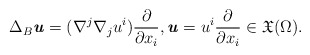
\begin{align*} \Delta_{B}\textbf{\textit{u}} =(\nabla^j \nabla_j u^i)\frac{\partial}{\partial x_i} ,\textbf{\textit{u}}=u^i \frac{\partial}{\partial x_i}\in \mathfrak{X} (\Omega).\end{align*}